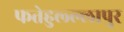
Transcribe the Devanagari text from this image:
फतेहुल्ल्लापुर